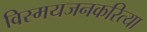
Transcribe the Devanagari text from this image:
विस्मयजनकरित्या